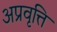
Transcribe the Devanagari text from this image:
अप्रवृत्ति